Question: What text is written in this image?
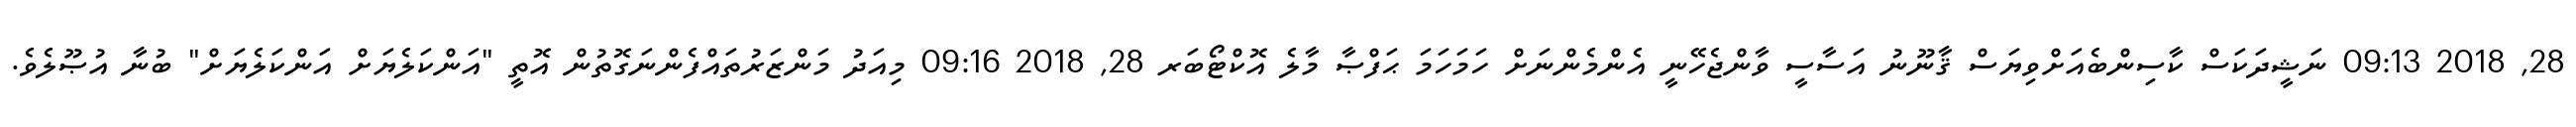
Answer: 28, 2018 09:13 ނަޝީދަކަސް ކާސިންބެއަށްވިޔަސް ޤާނޫނު އަސާސީ ވާންޖެހޭނީ އެންމެންނަށް ހަމަހަމަ ޙަފްޞާ މާލެ އޮކްޓޯބަރ 28, 2018 09:16 މިއަދު މަންޒަރުތައްފެންނަގޮތުން އޮތީ "އަންކަލެޔަށް އަންކަލެޔަށް" ބުނާ އުޞޫލެވެ.